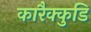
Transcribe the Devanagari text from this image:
कारैक्कुडि